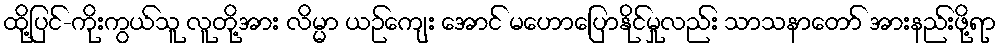
ထို့ပြင်-ကိုးကွယ်သူ လူတို့အား လိမ္မာ ယဉ်ကျေး အောင် မဟောပြောနိုင်မှုလည်း သာသနာတော် အားနည်းဖို့ရာ